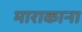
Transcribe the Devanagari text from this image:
माराकाना